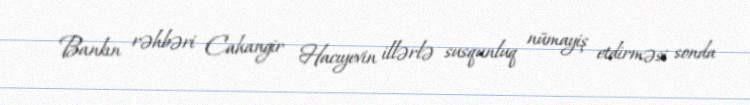
Bankın rəhbəri Cahangir Hacıyevin illərlə susqunluq nümayiş etdirməsi sonda